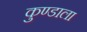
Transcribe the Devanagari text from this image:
कुण्डाला